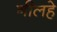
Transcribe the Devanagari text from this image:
नीलहे